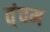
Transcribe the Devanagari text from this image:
त्ंचम